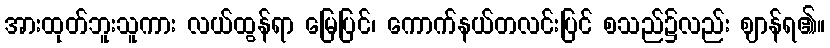
အားထုတ်ဘူးသူကား လယ်ထွန်ရာ မြေပြင်၊ ကောက်နယ်တလင်းပြင် စသည်၌လည်း ဈာန်ရ၏။